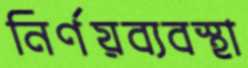
নির্ণয়ব্যবস্থা